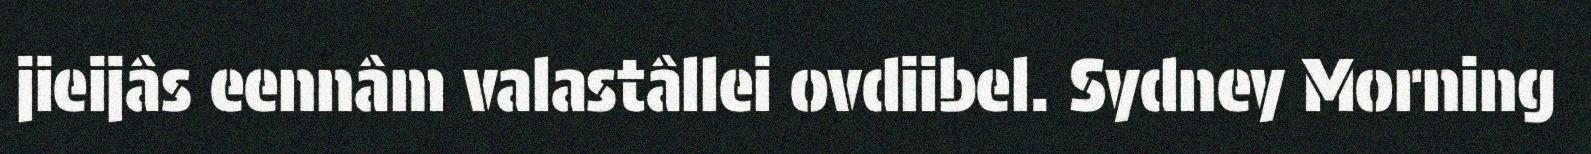
jieijâs eennâm valastâllei ovdiibel. Sydney Morning